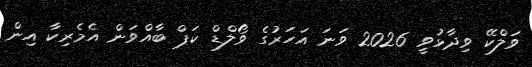
ވަލްކޭ ވިދާޅުވީ 2026 ވަނަ އަހަރުގެ ވޯލްޑް ކަޕް ބާއްވަން އެމެރިކާ އިން